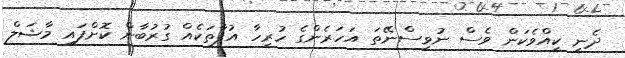
ދެނީ ކީއްވެކަން ވެސް ނުވިސްނޭތަ އަހަރެންގެ ހުރިހާ އުފާތަކެއް ގުރުބާން ކޮށްފައި މާޝަލް